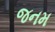
જનમ